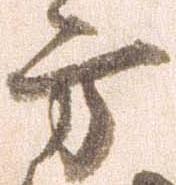
方